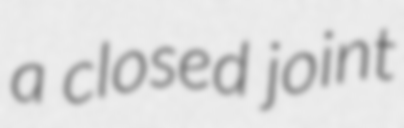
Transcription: a closed joint